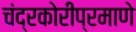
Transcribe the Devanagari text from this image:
चंद्रकोरीप्रमाणे